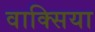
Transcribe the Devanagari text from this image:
वाक्सिया